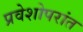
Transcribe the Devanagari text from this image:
प्रवेशोपरांत